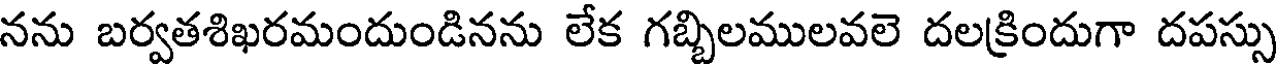
నను బర్వతశిఖరమందుండినను లేక గబ్బిలములవలె దలక్రిందుగా దపస్సు